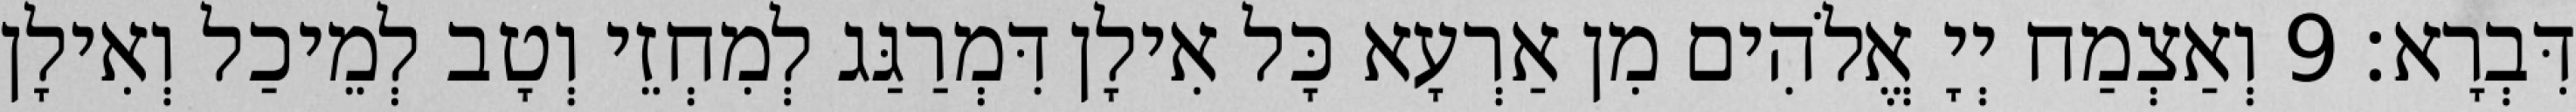
דִּבְרָא׃ 9 וְאַצְמַח יְיָ אֱלֹהִים מִן אַרְעָא כָּל אִילָן דִּמְרַגַּג לְמִחְזֵי וְטָב לְמֵיכַל וְאִילָן